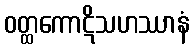
ဝတ္ထကောဋိသဟဿာနံ